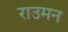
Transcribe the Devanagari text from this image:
राउमन